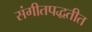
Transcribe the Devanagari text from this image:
संगीतपद्धतीत